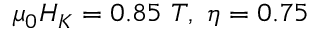
{ \mu } _ { 0 } H _ { K } = 0 . 8 5 \ { T } , \ \eta = 0 . 7 5